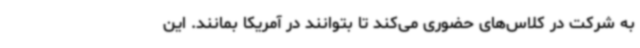
به شرکت در کلاس‌های حضوری می‌کند تا بتوانند در آمریکا بمانند. این